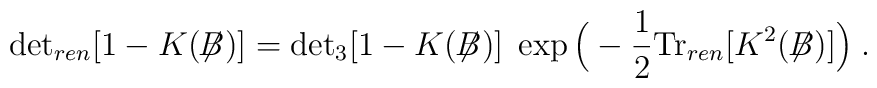
\mbox{det}_{ren}[1-K(\not{\!\!B})] =  \mbox{det}_3[1-K(\not{\!\!B})] \;\exp\Big(-\frac{1}{2} \mbox{Tr}_{ren}\big[K^2(\not{\!\!B})\big] \Big) \; .